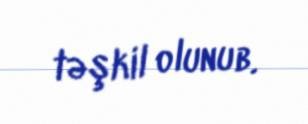
təşkil olunub.